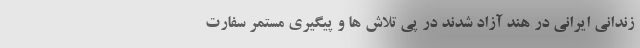
زندانی ایرانی در هند آزاد شدند در پی تلاش ها و پیگیری مستمر سفارت